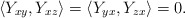
\begin{align*}\langle Y_{xy},Y_{xz}\rangle=\langle Y_{yx},Y_{zx}\rangle=0.\end{align*}